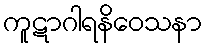
ကူဋာဂါရနိဝေသနာ